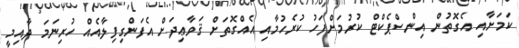
ކަމަށާއި އެގޮތުން އިންސްޕެކްޓް ކުރުމަށްފަހު ކުރެހުމާއި އެއްގޮތަށް ޤަވާޢިދަށް އެފަންގިފިލާއެއް ހުރިނަމަ ދާއިމީ